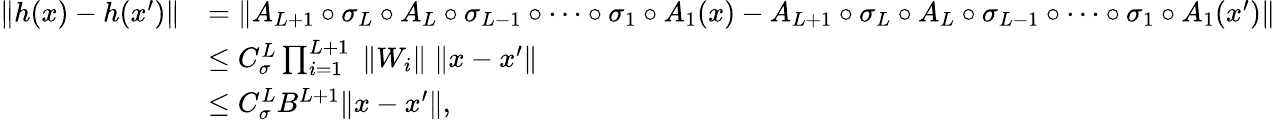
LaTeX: \begin{array}{rl}{\| h(x)-h(x^{\prime})\| }&{=\| A_{L+1}\circ\sigma_{L}\circ A_{L}\circ\sigma_{L-1}\circ\cdots\circ\sigma_{1}\circ A_{1}(x)-A_{L+1}\circ\sigma_{L}\circ A_{L}\circ\sigma_{L-1}\circ\cdots\circ\sigma_{1}\circ A_{1}(x^{\prime})\| }\\ &{\leq C_{\sigma}^{L}\prod_{i=1}^{L+1}\; \| W_{i}\| \; \| x-x^{\prime}\| }\\ &{\leq C_{\sigma}^{L}B^{L+1}\| x-x^{\prime}\| ,}\end{array}